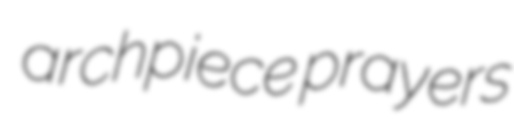
archpiece prayers